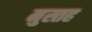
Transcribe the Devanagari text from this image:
मुस्तह